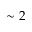
\sim 2